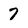
Character: 7